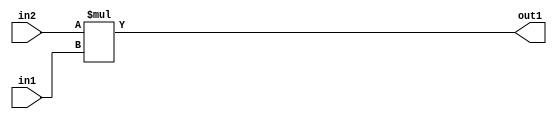
`timescale 1ps / 1ps
/*****************************************************************************
    Verilog RTL Description
    
    
    Created by: Stratus DpOpt 2019.1.01 
*******************************************************************************/

module pw_feature_addr_gen_Mul_16Ux11U_27U_1 (
	in2,
	in1,
	out1
	); /* architecture "behavioural" */ 
input [15:0] in2;
input [10:0] in1;
output [26:0] out1;
wire [26:0] asc001;

assign asc001 = 
	+(in2 * in1);

assign out1 = asc001;
endmodule

/* CADENCE  ubH5Sgs= : u9/ySgnWtBlWxVPRXgAZ4Og= ** DO NOT EDIT THIS LINE ******/